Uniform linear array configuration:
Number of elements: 4
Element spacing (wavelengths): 0.75
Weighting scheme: hann
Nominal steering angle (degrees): -45
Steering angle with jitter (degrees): -45.641
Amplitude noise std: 0.05
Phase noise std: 0.05

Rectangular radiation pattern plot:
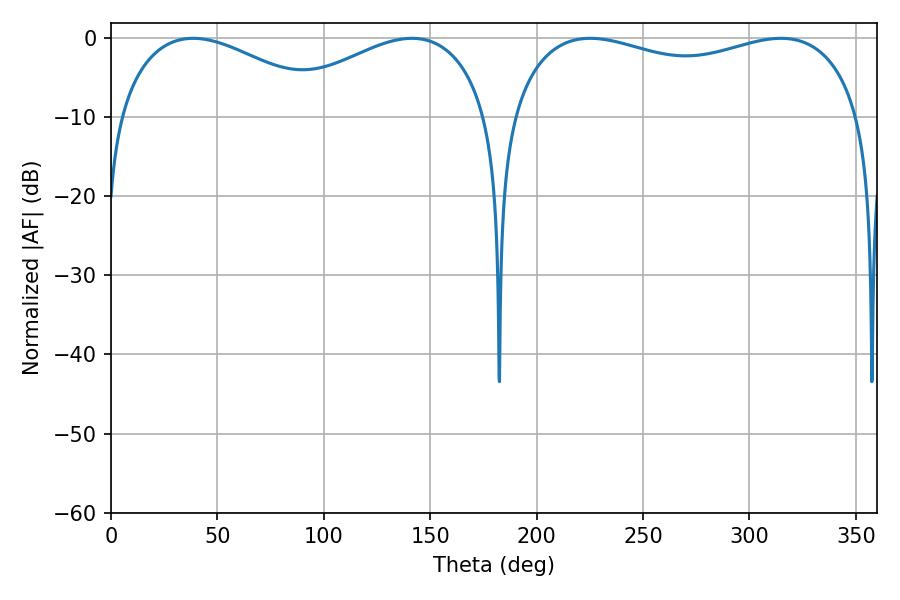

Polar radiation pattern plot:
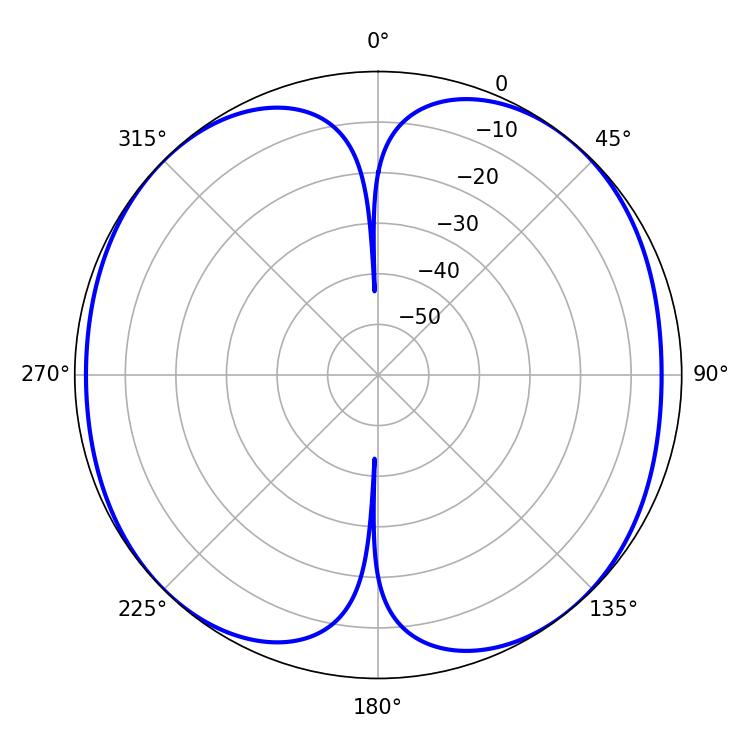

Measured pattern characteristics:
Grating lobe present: TRUE
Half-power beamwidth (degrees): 135.72
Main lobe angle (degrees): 225.18